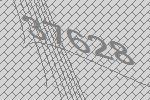
37628